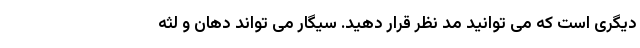
دیگری است که می توانید مد نظر قرار دهید. سیگار می تواند دهان و لثه